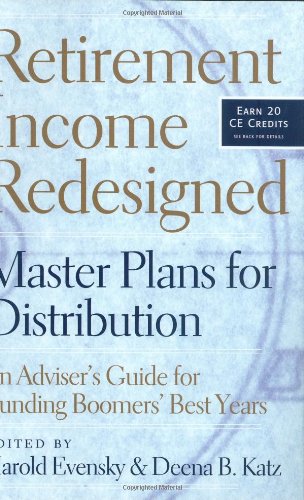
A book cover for Retirement Income Redesigned: Master Plans for Distribution -- An Adviser's Guide for Funding Boomers' Best Years; Business & Money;